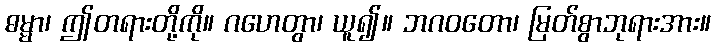
ဓမ္မာ၊ ဤတရားတို့ကို။ ဂဟေတွာ၊ ယူ၍။ ဘဂဝတော၊ မြတ်စွာဘုရားအား။